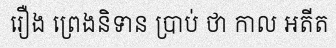
រឿង ព្រេងនិទាន ប្រាប់ ថា កាល អតីត